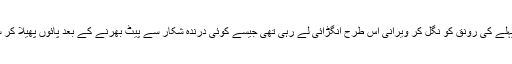
ذرا دیر پہلے کی رونق کو نگل کر ویرانی اس طرح انگڑائی لے رہی تھی جیسے کوئی درندہ شکار سے پیٹ بھرنے کے بعد پائوں پھیلا کر سوتا ہے۔